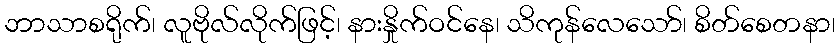
ဘာသာစရိုက်၊ လူဗိုလ်လိုက်ဖြင့်၊ နားနှိုက်ဝင်နေ၊ သိကုန်လေသော်၊ စိတ်စေတနာ၊